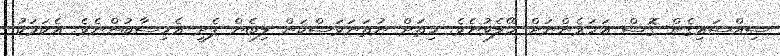
ސިއްސައިގެން ގޮސް އަހަރެންނަށް ހޭލެވުނެވެ. ހިތަށް ނުތަނަވަސްކަން ލިބެން ފެށީ އެހިސާބުންނެވެ. އެކަމަކު